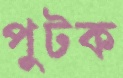
পুটক